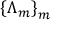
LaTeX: \left\{ \Lambda _ { m } \right\} _ { m }